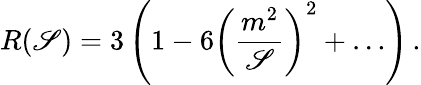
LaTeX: R(\mathscr{S})=3\left(1-6\left({\frac{{m^{2}}}{{\mathscr{S}}}}\right)^{2}+\ldots\right)\, .